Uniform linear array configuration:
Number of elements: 12
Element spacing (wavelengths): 0.25
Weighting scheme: kaiser
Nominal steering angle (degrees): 45
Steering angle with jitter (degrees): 43.14
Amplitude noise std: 0.05
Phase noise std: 0.05

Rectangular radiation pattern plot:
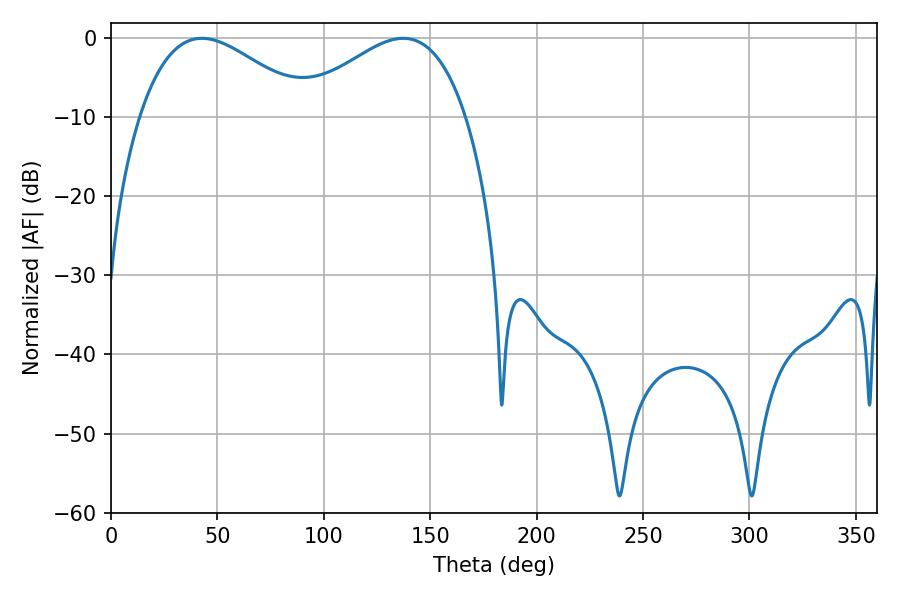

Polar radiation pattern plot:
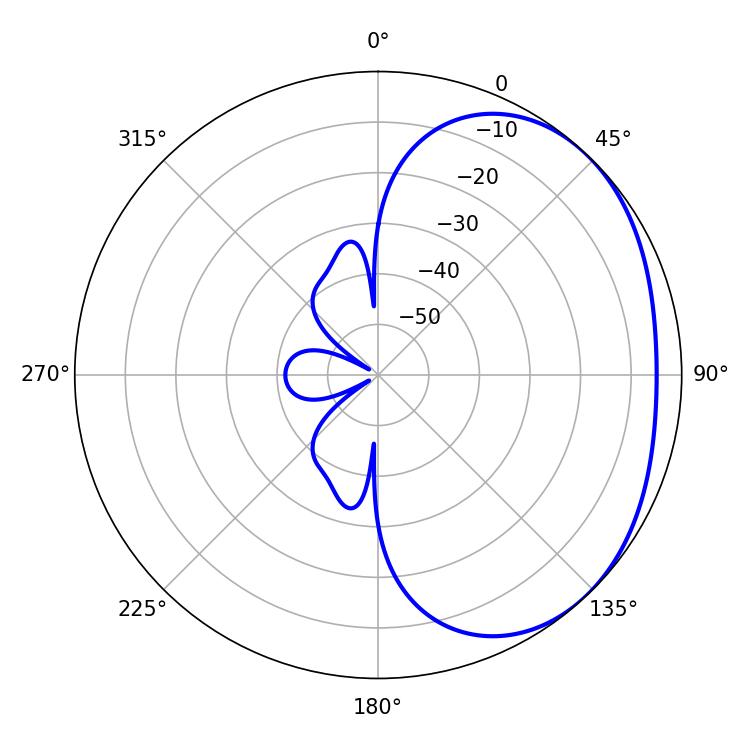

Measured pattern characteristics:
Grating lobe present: FALSE
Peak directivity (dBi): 2.323
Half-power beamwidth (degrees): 43.38
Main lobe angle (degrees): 42.66